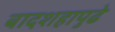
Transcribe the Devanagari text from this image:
बादशहापुढे